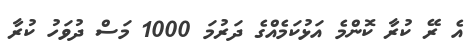
އެ ރޭ ކުރާ ކޮންމެ އަޅުކަމެއްގެ ދަރުމަ 1000 މަސް ދުވަހު ކުރާ